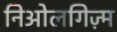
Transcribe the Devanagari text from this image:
निओलगिज़्म